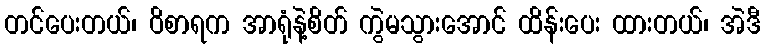
တင်ပေးတယ်၊ ဝိစာရက အာရုံနဲ့စိတ် ကွဲမသွားအောင် ထိန်းပေး ထားတယ်၊ အဲဒီ